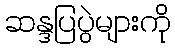
ဆန္ဒပြပွဲများကို